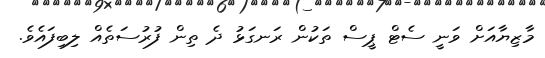
މާޒިޔާއަށް ވަނީ ސެޓް ޕީސް ތަކުން ރަނގަޅު ދެ ތިން ފުރުސަތެއް ލިބިފައެވެ.